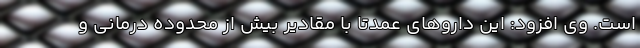
است. وی افزود: این داروهای عمدتاً با مقادیر بیش از محدوده درمانی و